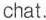
chat.